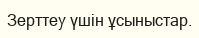
Зерттеу үшін ұсыныстар.